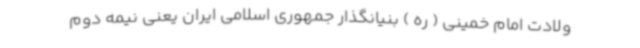
ولادت امام خمینی ( ره ) بنیانگذار جمهوری اسلامی ایران یعنی نیمه دوم